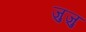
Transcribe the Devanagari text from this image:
जुजु